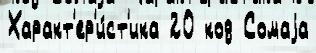
Характ'ер'и́ст'ика 20 код Сомаjа